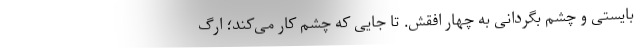
بایستی و چشم بگردانی به چهار افقش. تا جایی که چشم کار می‌کند؛ ارگ